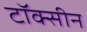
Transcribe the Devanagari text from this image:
टॉक्सीन